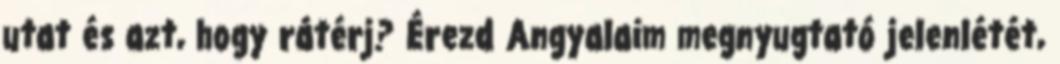
utat és azt, hogy rátérj? Érezd Angyalaim megnyugtató jelenlétét,